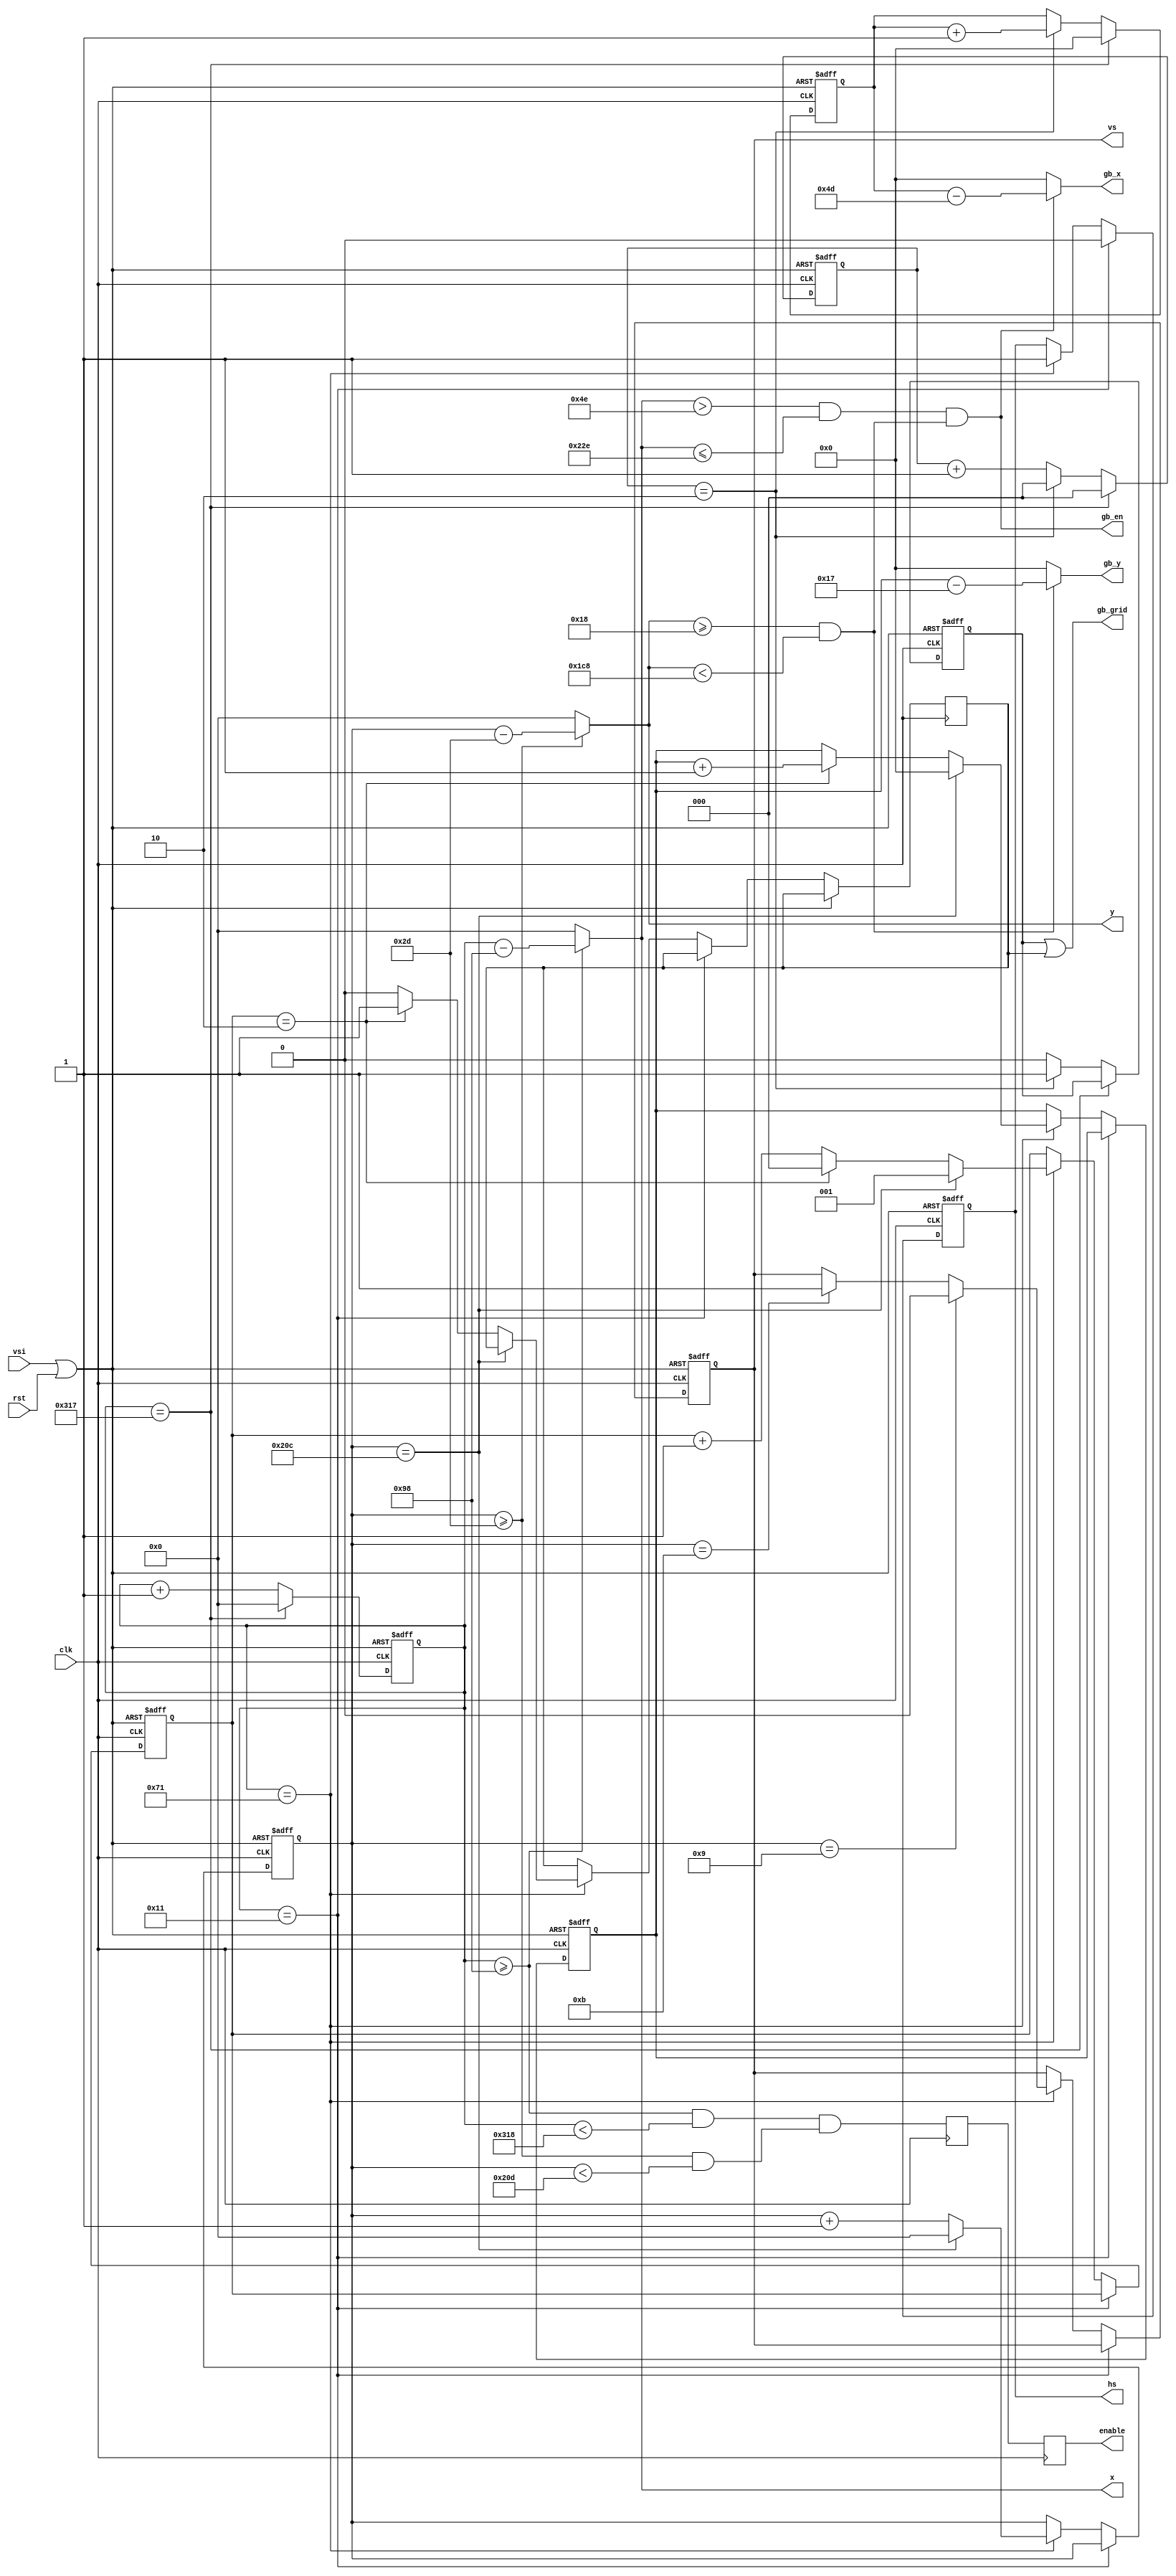
`default_nettype none

module vga_timing(
    input wire clk,
    input wire rst,
    output reg hs,
    output reg vs,
    input wire vsi,
    output wire [10:0] x,
    output wire [10:0] y,
    output wire [7:0] gb_x,
    output wire [7:0] gb_y,
    output wire gb_en,
    output wire gb_grid,
    output reg enable
    //output [19:0] address
    );

    //Horizontal
    // Sync is adjusted to compensate lower clock frequency
    parameter H_FRONT   = 18; //Front porch
    parameter H_SYNC    = 96; //Sync
    parameter H_BACK    = 38; //Back porch
    /*parameter H_FRONT   = 16; //Front porch
    parameter H_SYNC    = 96; //Sync
    parameter H_BACK    = 48; //Back porch*/
    parameter H_ACT     = 640;//Active pixels
    parameter H_BLANK = H_FRONT+H_SYNC+H_BACK; //Total blank length
    parameter H_TOTAL = H_FRONT+H_SYNC+H_BACK+H_ACT; //Total line length

    //Vertical
    parameter V_FRONT   = 10; //Front porch
    parameter V_SYNC    = 2;  //Sync
    parameter V_BACK    = 33; //Back porch
    parameter V_ACT     = 480;//Active lines
    parameter V_BLANK = V_FRONT+V_SYNC+V_BACK; //Total blank length
    parameter V_TOTAL = V_FRONT+V_SYNC+V_BACK+V_ACT; //Total field length

    reg [10:0] h_count;
    reg [10:0] v_count;

    reg [2:0] h_div;
    reg [2:0] v_div;

    reg [7:0] gb_x_count;
    reg [7:0] gb_y_count;
    
    reg gb_x_grid;
    reg gb_y_grid;

    reg vsi_last;
    
    wire reset = vsi | rst;
    
    always @(posedge clk, posedge reset) begin
        if(reset) begin
            h_count <= 0;
            h_div <= 0;
            gb_x_count <= 0;
            gb_x_grid <= 0;
        end
        else begin
            if(h_count == H_TOTAL - 1) begin
                h_count <= 0;
                gb_x_count <= 0;
                h_div <= 2'b00;
            end 
            else begin
                h_count <= h_count + 1'b1;
                if (h_div == 2'b10) begin
                    h_div <= 2'b00;
                    gb_x_count <= gb_x_count + 1'b1;
                    gb_x_grid <= 1'b1;
                end
                else begin
                    gb_x_grid <= 1'b0;
                    h_div <= h_div + 1'b1;
                end
            end
        end
    end

    always @(posedge clk, posedge reset) begin
        if(reset) begin
            hs <= 1;
            v_count <= 0;
            v_div <= 2'b01;
            gb_y_count <= 0;
            vs <= 1;
        end
        else begin   
            if(h_count == H_FRONT - 1)
                hs <= 1'b0;
            else 
            if(h_count == H_FRONT + H_SYNC - 1) begin
                hs <= 1'b1;
                if(v_count == V_TOTAL - 1) begin
                    v_count <= 0;
                    gb_y_count <= 0;
                    v_div <= 2'b01;
                end 
                else begin
                    v_count <= v_count + 1'b1;
                    if (v_div == 2'b10) begin
                        v_div <= 2'b00;
                        gb_y_grid <= 1'b1;
                        gb_y_count <= gb_y_count + 1'b1;
                    end
                    else begin
                        gb_y_grid <= 1'b0;
                        v_div <= v_div + 1'b1;
                    end
                end
                if((v_count == V_FRONT - 1))
                    vs <= 1'b0;
                else if((v_count == V_FRONT + V_SYNC - 1))
                    vs <= 1'b1;
            end
        end 
    end

    assign x = (h_count >= H_BLANK) ? (h_count - H_BLANK) : 11'h0;
    assign y = (v_count >= V_BLANK) ? (v_count - V_BLANK) : 11'h0;
    wire gb_x_valid = (x > 11'd78)&&(x <= 11'd558);
    wire gb_y_valid = (y >= 11'd24)&&(y < 11'd456);
    assign gb_en = (gb_x_valid)&&(gb_y_valid);
    assign gb_grid = (gb_x_grid)||(gb_y_grid);
    assign gb_x = (gb_en) ? (gb_x_count - 8'd77) : (8'h0);
    //assign gb_y = (gb_en) ? (gb_y_count - 8'd24) : (8'h0);
    assign gb_y = (gb_y_valid) ? (gb_y_count - 8'd23) : (8'h0); // Y should be always available during the period
    //assign address = y * H_ACT + x;
    wire enable_early = (((h_count >= H_BLANK) && (h_count < H_TOTAL))&&
                                     ((v_count >= V_BLANK) && (v_count < V_TOTAL)));    //One pixel shift
    // why
    reg enable_delay;
    always @(posedge clk) begin
        enable <= enable_delay;
        enable_delay <= enable_early;
    end


endmodule